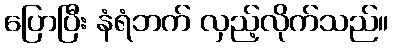
ပြောပြီး နံရံဘက် လှည့်လိုက်သည်။